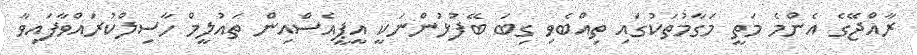
ރާއްޖޭގެ އެންމެ މަތީ މަގާމުތަކުގައި ތިއްބެވި ގިބަ ބޭފުޅުންނަކީ އީޕީއެސްއިން ތައުލީމް ހާސިލްކުރައްވާފައިވާ